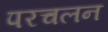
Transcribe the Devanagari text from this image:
परचलन